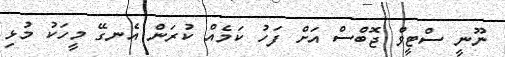
ނޫނީ ސްޓީވް ޖޮބްސް އަށް ފަހު ކަމެއް ކުރަން އެނގޭ މީހަކު މުޅި